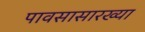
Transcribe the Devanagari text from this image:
पावसासारख्या